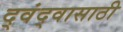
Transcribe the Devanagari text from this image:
द्वंद्वासाठी